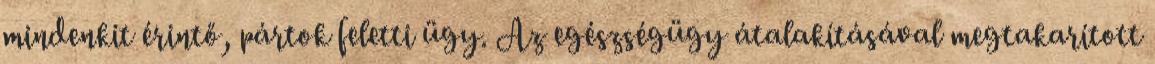
mindenkit érintő, pártok feletti ügy. Az egészségügy átalakításával megtakarított